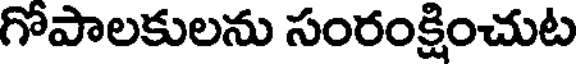
గోపాలకులను సంరంక్షించుట